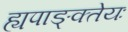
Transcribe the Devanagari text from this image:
ह्यपाङ्क्तेयः